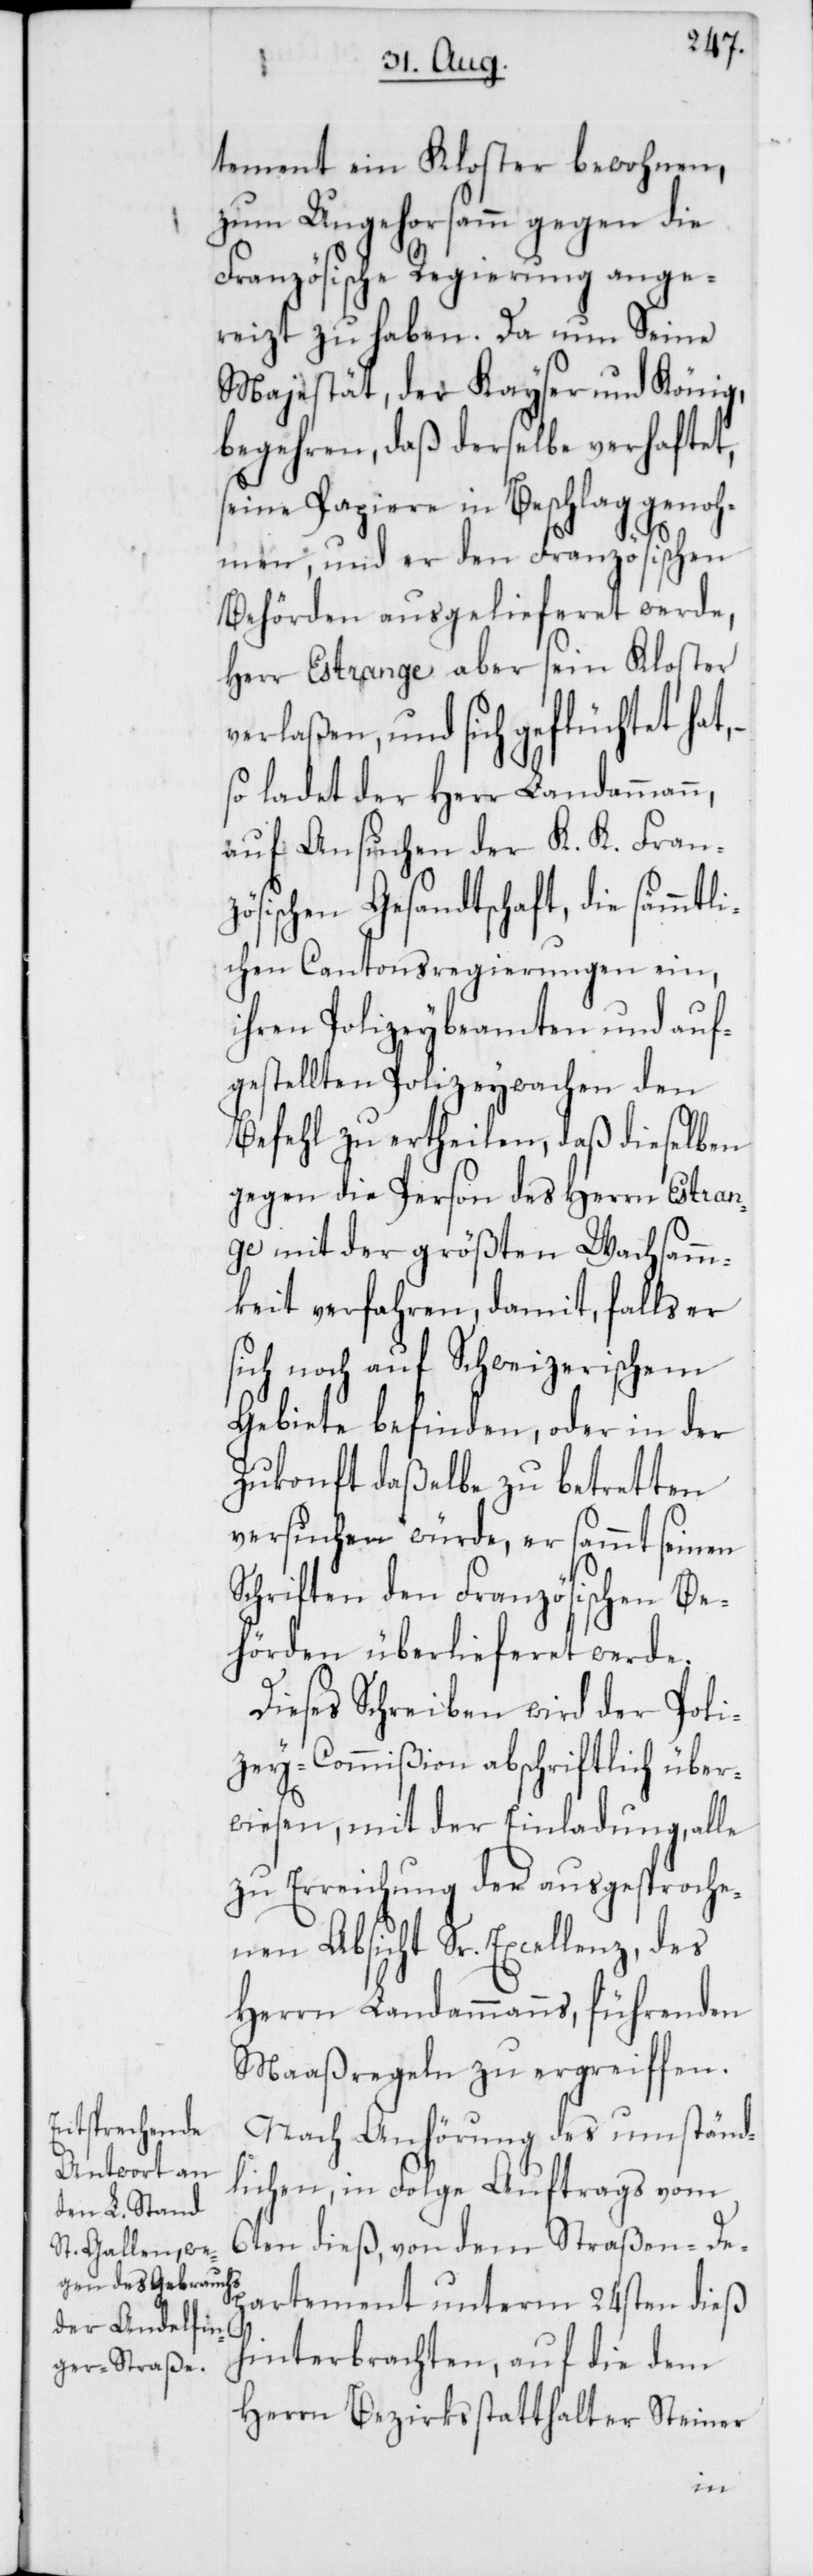
tement ein Kloster bewohnen,
zum Ungehorsamm gegen die
Französische Regierung ange¬
reizt zu haben. Da nun Seine
Majestät, der Kayser und König,
begehren, daß derselbe verhaftet,
seine Papiere in Beschlag genoh¬
men, und er den Französischen
Behörden ausgelieferet werde,
Herr Estrange aber sein Kloster
verlaßen, und sich geflüchtet hat,
so ladet der Herr Landammann,
auf Ansuchen der K. K. Fran¬
zösischen Gesandtschaft, die sämmtl¬
ichen Cantonsregierungen ein,
ihren Polizeybeamten und auf¬
gestellten Polizeywachen den
Befehl zu ertheilen, daß dieselben
gegen die Person des Herrn Estran¬
ge mit der größten Wachsamm¬
keit verfahren, damit, falls er
sich noch auf Schweizerischem
Gebiete befinden, oder in der
Zukonft daßelbe zu betretten
versuchen würde, er sammt seinen
Schriften den Französischen Be¬
hörden überlieferet werde.
Dieses Schreiben wird der Poli¬
zey-Commißion abschriftlich über¬
wiesen, mit der Einladung, alle
zu Erreichung der ausgesproche¬
nen Absicht Sr. Excellenz, des
Herrn Landammanns, führenden
Maaßregeln zu ergreiffen.
Nach Anhörung des umständ¬
lichen, in Folge Auftrags vom
6ten dieß, von dem Straßen-De¬
partement unterm 24sten dieß
hinterbrachten, auf die dem
Herrn Bezirksstatthalter Steiner